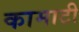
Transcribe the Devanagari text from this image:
कामाटी